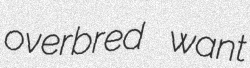
overbred want